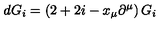
d G _ { i } = \left( 2 + 2 i - x _ { \mu } \partial ^ { \mu } \right) G _ { i }